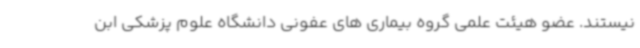
نیستند. عضو هیئت علمی گروه بیماری های عفونی دانشگاه علوم پزشکی ابن